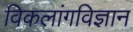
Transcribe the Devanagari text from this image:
विकलांगविज्ञान